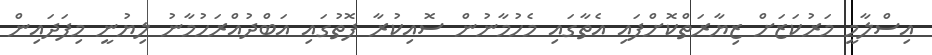
އިސްލާމީ މަރުކަޒަށް ޒިޔާރަތްކޮށްފައި އެތާގައި މެހުމާނުން ސޮއިކުރާ ފޮތުގައި އަބްދުއްރަހުމާނު ލިޔުނީ މިފަދައިން